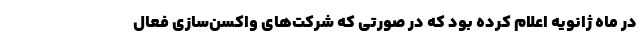
در ماه ژانویه اعلام کرده بود که در صورتی که شرکت‌های واکسن‌سازی فعال